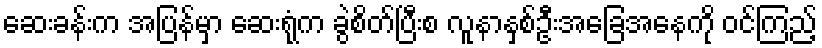
ဆေးခန်းက အပြန်မှာ ဆေးရုံက ခွဲစိတ်ပြီးစ လူနာနှစ်ဦးအခြေအနေကို ဝင်ကြည့်